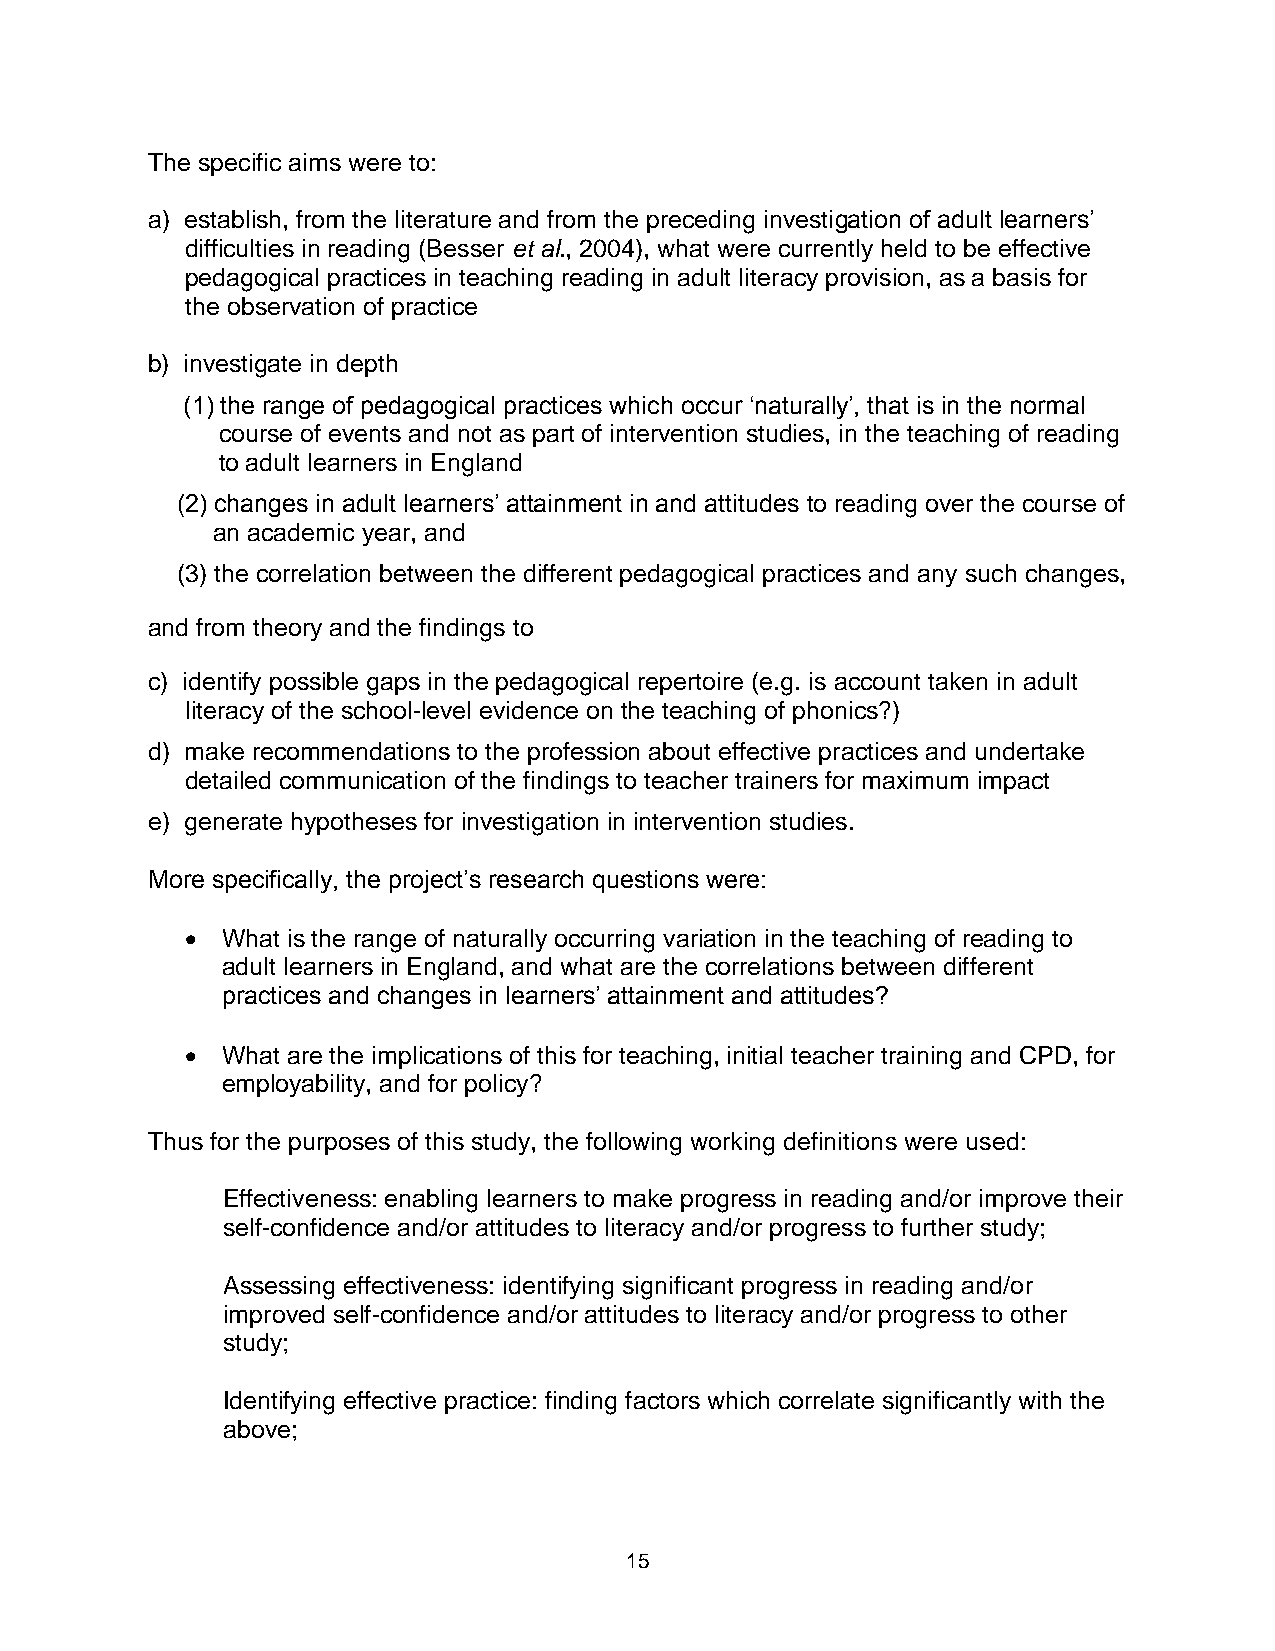
The specific aims were to:
 a) establish, from the literature and from the preceding investigation of adult learners’
 difficulties in reading (Besser et al., 2004), what were currently held to be effective
 pedagogical practices in teaching reading in adult literacy provision, as a basis for
 the observation of practice
 b) investigate in depth
 (1) the range of pedagogical practices which occur ‘naturally’, that is in the normal
 course of events and not as part of intervention studies, in the teaching of reading
 to adult learners in England
 (2) changes in adult learners’ attainment in and attitudes to reading over the course of
 an academic year, and
 (3) the correlation between the different pedagogical practices and any such changes,
 and from theory and the findings to
 c) identify possible gaps in the pedagogical repertoire (e.g. is account taken in adult
 literacy of the school-level evidence on the teaching of phonics?)
 d) make recommendations to the profession about effective practices and undertake
 detailed communication of the findings to teacher trainers for maximum impact
 e) generate hypotheses for investigation in intervention studies.
 More specifically, the project’s research questions were:
   What is the range of naturally occurring variation in the teaching of reading to
 adult learners in England, and what are the correlations between different
 practices and changes in learners’ attainment and attitudes?
   What are the implications of this for teaching, initial teacher training and CPD, for
 employability, and for policy?
 Thus for the purposes of this study, the following working definitions were used:
 Effectiveness: enabling learners to make progress in reading and/or improve their
 self-confidence and/or attitudes to literacy and/or progress to further study;
 Assessing effectiveness: identifying significant progress in reading and/or
 improved self-confidence and/or attitudes to literacy and/or progress to other
 study;
 Identifying effective practice: finding factors which correlate significantly with the
 above;
 15